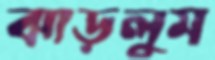
ঝাড়লুম